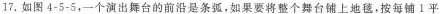
17. 如图4-5-5，一个演出舞台的前沿是条弧，如果要将整个舞台铺上地毯，按每铺1平